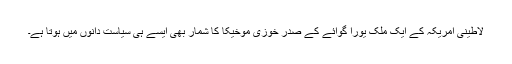
لاطینی امریکہ کے ایک ملک یورا گوائے کے صدر خوزی موخیکا کا شمار بھی ایسے ہی سیاست دانوں میں ہوتا ہے۔